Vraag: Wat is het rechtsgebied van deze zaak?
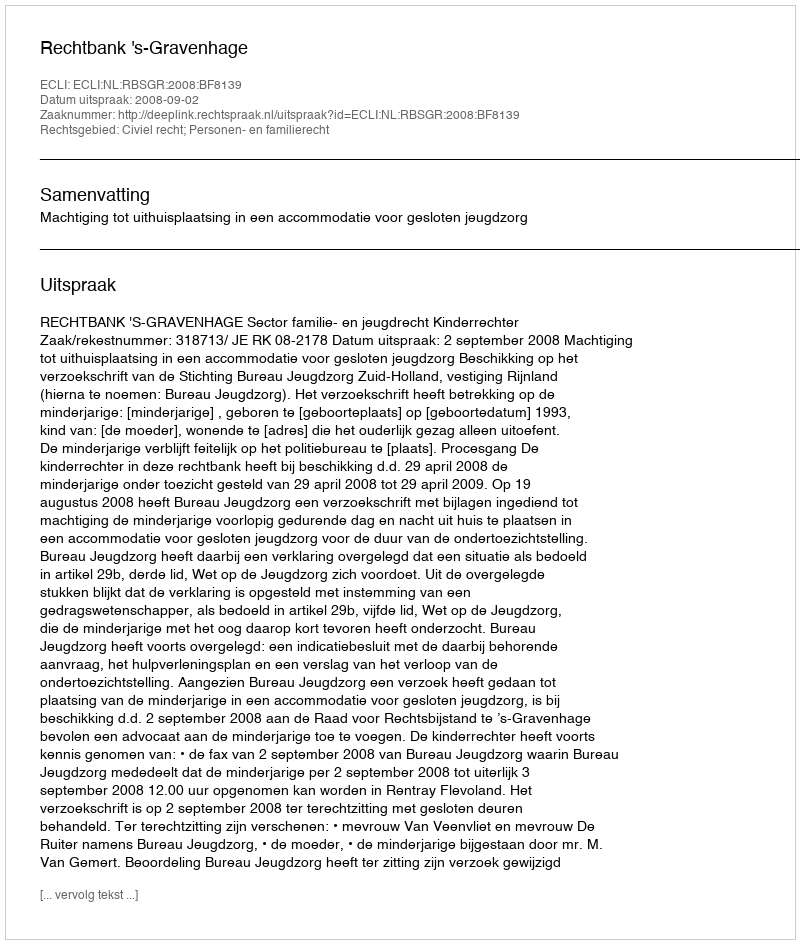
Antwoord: Civiel recht; Personen- en familierecht